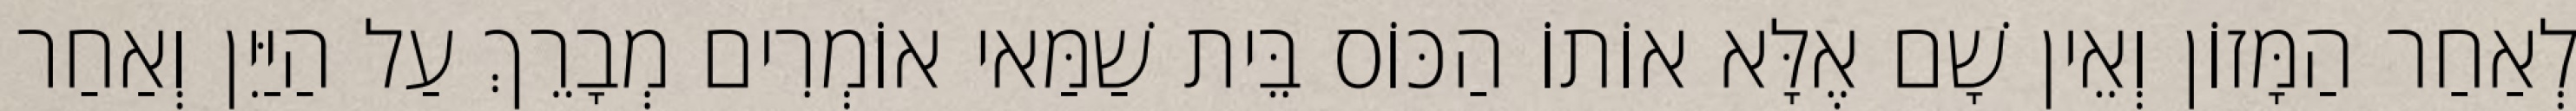
לְאַחַר הַמָּזוֹן וְאֵין שָׁם אֶלָּא אוֹתוֹ הַכּוֹס בֵּית שַׁמַּאי אוֹמְרִים מְבָרֵךְ עַל הַיַּיִן וְאַחַר